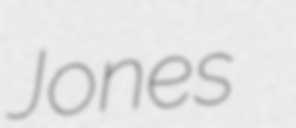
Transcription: Jones